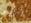
أستطيع